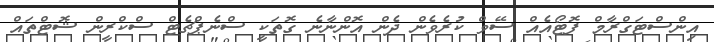
އިންސްޓަގްރާމް ފޮޓޯއެއް ސޭވް ކުރެވެން ދެން އޮންނާނެ ގޮތަކީ ސްނެޕްޗެޓް ސްކްރީން ޝޮޓްތައް